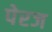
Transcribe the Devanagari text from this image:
पेरज